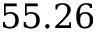
5 5 . 2 6